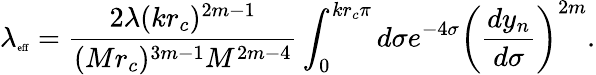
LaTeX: \lambda_{\mathrm{\tiny{eff}}}=\frac{2\lambda(kr_{c})^{2m-1}}{(Mr_{c})^{3m-1}M^{2m-4}}\int_{0}^{kr_{c}\pi}d\sigma e^{-4\sigma}\left(\frac{dy_{n}}{d\sigma}\right)^{2m}.